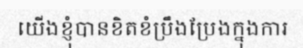
យើងខ្ញុំបានខិតខំប្រឹងប្រែងក្នុងការ